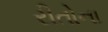
રીતોના